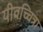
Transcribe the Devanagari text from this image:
यीवच्चित्रा